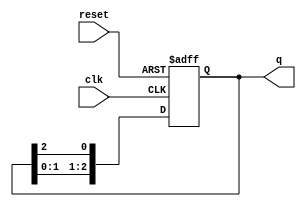
module ring_counter (
    input wire clk,        // Clock input
    input wire reset,      // Asynchronous reset
    output reg [2:0] q     // 3-bit output
);

// Initial state
initial begin
    q = 3'b001; // Start with the first flip-flop set
end

// Always block for synchronous operation
always @(posedge clk or posedge reset) begin
    if (reset) begin
        q <= 3'b001; // Reset to initial state
    end else begin
        // Shift the '1' to the next flip-flop in the ring
        q <= {q[1:0], q[2]}; // Rotate the bits
    end
end

endmodule